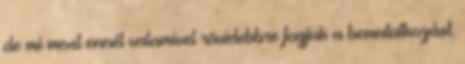
de mi most ennél valamivel rövidebbre fogjuk a bemutatkozást.